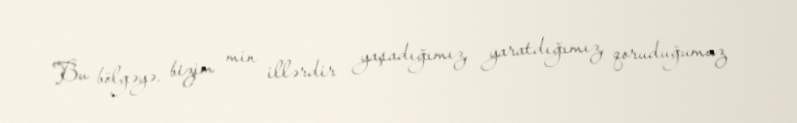
Bu bölgəyə, bizim min illərdir yaşadığımız, yaratdığımız, qoruduğumuz